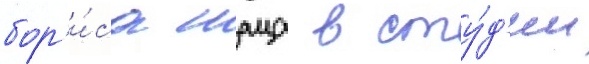
бор'и́са шаца в сту́д'ии